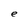
Character: e